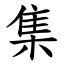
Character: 集